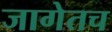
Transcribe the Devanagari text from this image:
जागेतच